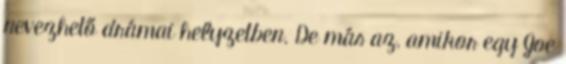
nevezhető drámai helyzetben. De más az, amikor egy Joe